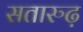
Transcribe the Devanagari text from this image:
सतारुढ़